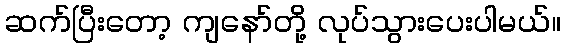
ဆက်ပြီးတော့ ကျနော်တို့ လုပ်သွားပေးပါမယ်။